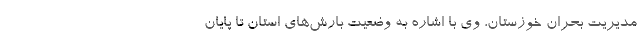
مدیریت بحران خوزستان، وی با اشاره به وضعیت بارش‌های استان تا پایان